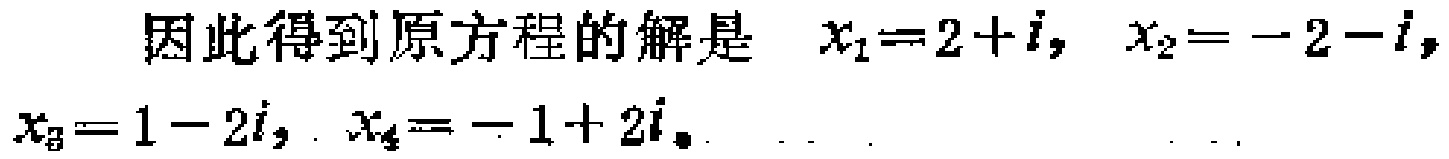
因此得到原方程的解是 \(x_{1}=2 + i,\ x_{2}=-2 - i,\ x_{3}=1 - 2i,\ x_{4}=-1 + 2i\)。